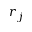
r _ { j }